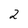
Character: 2